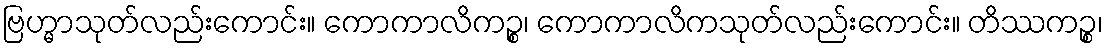
ဗြဟ္မာသုတ်လည်းကောင်း။ ကောကာလိကဉ္စ၊ ကောကာလိကသုတ်လည်းကောင်း။ တိဿကဉ္စ၊